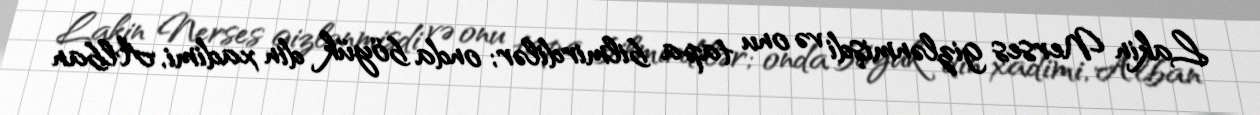
Lakin Nerses gizlənmişdi və onu tapa bilmirdilər; onda böyük din xadimi, Alban